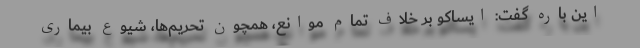
این باره گفت: ایساکو بر خلاف تمام موانع، همچون تحریم‌ها، شیوع بیماری